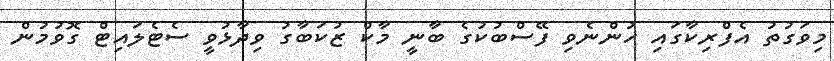
މިވަގުތު އެފްރިކާގައި ހުންނެވި ފޭސްބުކުގެ ބާނީ މާކް ޒުކަބާގު ވިދާޅުވީ ސެޓެލައިޓް ގޮވުމުން